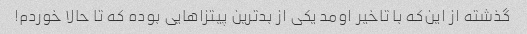
گذشته از این‌که با تاخیر اومد یکی از بدترین پیتزاهایی بوده که تا حالا خوردم!